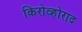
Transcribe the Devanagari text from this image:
किरोव्होराद